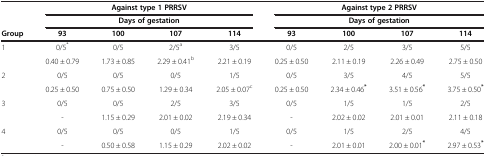
|  | <COLSPAN=4> Against type 1 PRRSV | <COLSPAN=4> Against type 2 PRRSV |
 |  | <COLSPAN=4> Days of gestation | <COLSPAN=4> Days of gestation |
 | Group | 93 | 100 | 107 | 114 | 93 | 100 | 107 | 114 |
 | --- | --- | --- | --- | --- | --- | --- | --- | --- |
 | <ROWSPAN=2> 1 | 0/5* | 0/5 | 2/5a | 3/5 | 0/5 | 2/5 | 3/5 | 5/5 |
 | 0.40 ± 0.79 | 1.73 ± 0.85 | 2.29 ± 0.41b | 2.21 ± 0.19 | 0.25 ± 0.50 | 2.11 ± 0.19 | 2.26 ± 0.49 | 2.75 ± 0.50 |
 | <ROWSPAN=2> 2 | 0/5 | 0/5 | 0/5 | 1/5 | 0/5 | 3/5 | 4/5 | 5/5 |
 | 0.25 ± 0.50 | 0.75 ± 0.50 | 1.29 ± 0.34 | 2.05 ± 0.07c | 0.25 ± 0.50 | 2.34 ± 0.46* | 3.51 ± 0.56* | 3.75 ± 0.50* |
 | <ROWSPAN=2> 3 | 0/5 | 0/5 | 2/5 | 3/5 | 0/5 | 1/5 | 1/5 | 2/5 |
 | - | 1.15 ± 0.29 | 2.01 ± 0.02 | 2.19 ± 0.34 | - | 2.02 ± 0.02 | 2.01 ± 0.01 | 2.11 ± 0.18 |
 | 4 | 0/5 | 0/5 | 0/5 | 1/5 | 0/5 | 1/5 | 2/5 | 4/5 |
 |  | - | 0.50 ± 0.58 | 1.15 ± 0.29 | 2.02 ± 0.02 | - | 2.01 ± 0.01 | 2.00 ± 0.01* | 2.97 ± 0.53* |